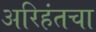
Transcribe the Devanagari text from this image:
अरिहंतचा